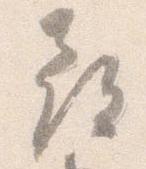
尋